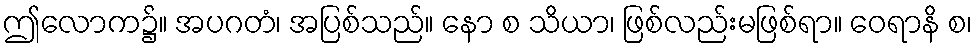
ဤလောက၌။ အပဂတံ၊ အပြစ်သည်။ နော စ သိယာ၊ ဖြစ်လည်းမဖြစ်ရာ။ ဝေရာနိ စ၊